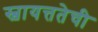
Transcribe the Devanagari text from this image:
स्वायत्ततेची